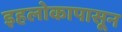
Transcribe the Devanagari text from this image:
इहलोकापासून